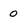
Character: 0